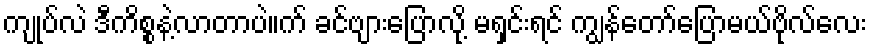
ကျုပ်လဲ ဒီကိစ္စနဲ့လာတာပဲ။က် ခင်ဗျားပြောလို့ မရှင်းရင် ကျွန်တော်ပြောမယ်ဗိုလ်လေး